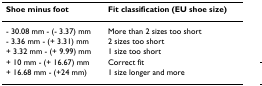
<table><thead><tr><td><b>Shoe minus foot</b></td><td><b>Fit classification (EU shoe size)</b></td></tr></thead><tbody><tr><td>- 30.08 mm - (- 3.37) mm</td><td>More than 2 sizes too short</td></tr><tr><td>- 3.36 mm - (+ 3.31) mm</td><td>2 sizes too short</td></tr><tr><td>+ 3.32 mm - (+ 9.99) mm</td><td>1 size too short</td></tr><tr><td>+ 10 mm - (+ 16.67) mm</td><td>Correct fit</td></tr><tr><td>+ 16.68 mm - (+24 mm)</td><td>1 size longer and more</td></tr></tbody></table>